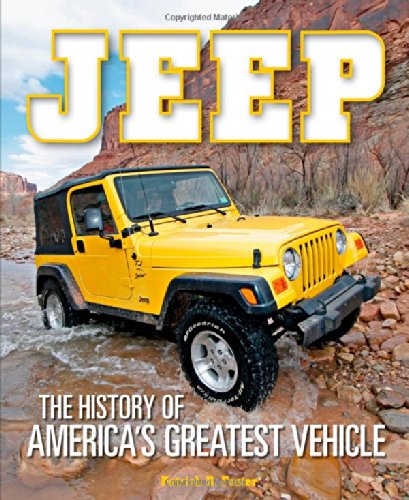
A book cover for Jeep: The History of America's Greatest Vehicle; Patrick R. Foster; Engineering & Transportation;